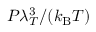
P \lambda _ { T } ^ { 3 } / ( k _ { \mathrm { B } } T )